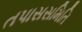
તપાસસમિતિ